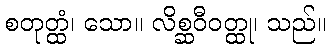
စတုတ္ထံ၊ သော။ လိစ္ဆဝီဝတ္ထု၊ သည်။